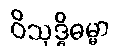
ဝိသုဒ္ဓိဓမ္မာ